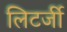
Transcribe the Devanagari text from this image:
लिटर्जी